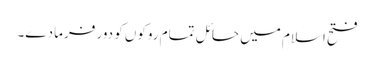
فتح اسلام میں حائل تمام روکوں کو دور فرما دے۔